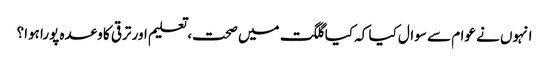
انہوں نے عوام سے سوال کیا کہ کیا گلگت میں صحت، تعلیم اور ترقی کا وعدہ پورا ہوا؟